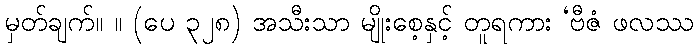
မှတ်ချက်။ ။ (ပေ ၃၂၈) အသီးသာ မျိုးစေ့နှင့် တူရကား ‘ဗီဇံ ဖလဿ